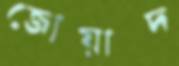
জোয়াদ